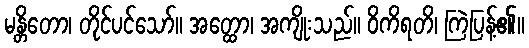
မန္တိတော၊ တိုင်ပင်သော်။ အတ္ထော၊ အကျိုးသည်။ ဝိကိရတိ၊ ကြဲပြန့်၏။